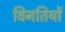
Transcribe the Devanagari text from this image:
विनतियों